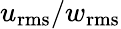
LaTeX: u_{\mathrm{rms}}/w_{\mathrm{rms}}